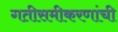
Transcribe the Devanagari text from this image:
गतीसमीकरणांची